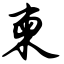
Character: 柬